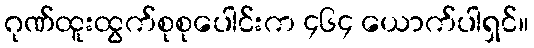
ဂုဏ်ထူးထွက်စုစုပေါင်းက ၄၆၄ ယောက်ပါရှင်။